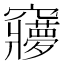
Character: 𮄥